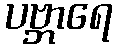
ပဗ္ဘာရေ